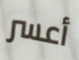
أعسر